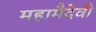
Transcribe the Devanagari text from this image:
महामैदेवी